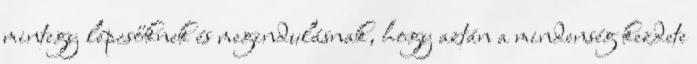
mintegy lépcsőknek és megindulásnak, hogy aztán a mindenség kezdete